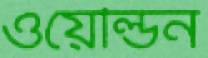
ওয়েল্ডিন